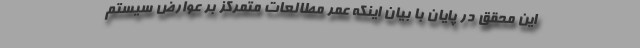
این محقق در پایان با بیان اینکه عمر مطالعات متمرکز بر عوارض سیستم